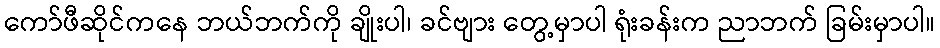
ကော်ဖီဆိုင်ကနေ ဘယ်ဘက်ကို ချိုးပါ၊ ခင်ဗျား တွေ့မှာပါ ရုံးခန်းက ညာဘက် ခြမ်းမှာပါ။